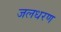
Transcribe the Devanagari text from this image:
जलधरण